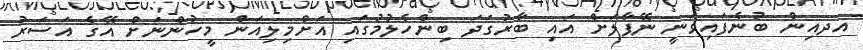
އދއިން ބުނެފައިވަނީ ނޭޕާލަށް އައި ބާރުގަދަ ބިންހެލުމުގައި އަށްމިލިއަން މީހުންނަށް އޭގެ އަސަރު